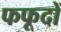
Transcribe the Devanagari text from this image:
फफूदों